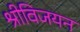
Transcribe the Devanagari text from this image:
श्रीविजयन